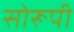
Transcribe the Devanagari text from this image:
सोरूपी